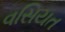
વસિયત